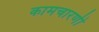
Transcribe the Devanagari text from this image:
कामचारणी